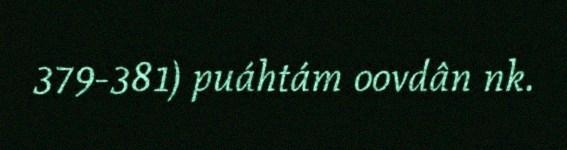
379-381) puáhtám oovdân nk.